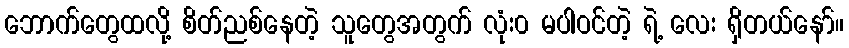
ဘောက်တွေထလို့ စိတ်ညစ်နေတဲ့ သူတွေအတွက် လုံး၀ မပါဝင်တဲ့ ရဲ့ လေး ရှိတယ်နော်။